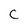
Character: C